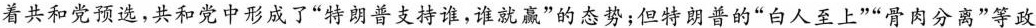
着共和党预选，共和党中形成了”特朗普支持谁，谁就赢”的态势；但特朗普的”白人至上””骨肉分离”等政